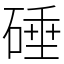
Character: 硾